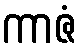
ကာဇံ